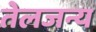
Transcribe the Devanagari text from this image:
तेलजन्य